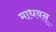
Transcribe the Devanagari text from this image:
माधवन्